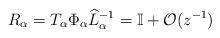
LaTeX: \begin{align*} R_{\alpha} = T_\alpha \Phi_\alpha \widehat{L}_\alpha^{-1} = \mathbb{I} + \mathcal{O}(z^{-1}) \end{align*}